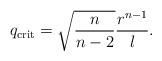
LaTeX: \begin{align*}q_{\mathrm{crit}}=\sqrt{\frac{n}{n-2}} \frac{r^{n-1}}{l}. \end{align*}